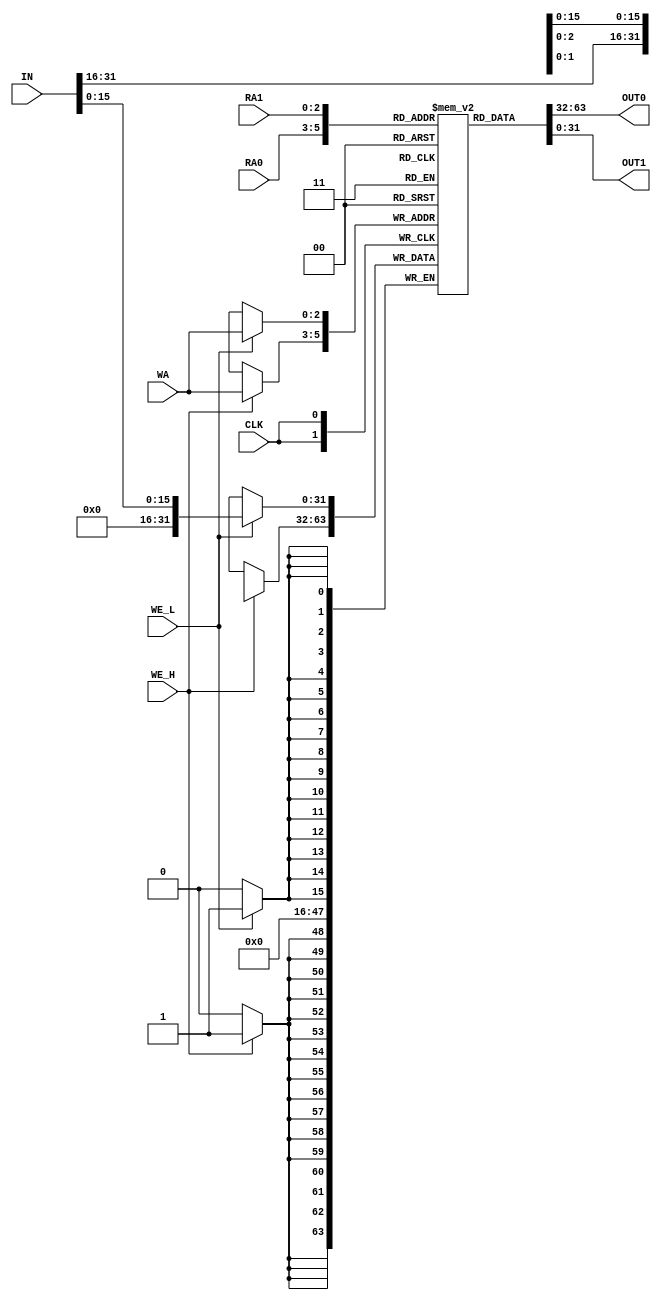
module regfile
(
    input CLK,

    input [2:0]RA0,
    input [2:0]RA1,
    input [2:0]WA,
    output [31:0]OUT0,
    output [31:0]OUT1,
    input [31:0]IN,
    input WE_L,
    input WE_H
);

reg [31:0]registers[7:0]; 

assign OUT0 = registers[RA0];
assign OUT1 = registers[RA1];

always @(negedge CLK) begin
    if (WE_L) begin
        registers[WA][15:0] <= IN[15:0];
    end 
    if (WE_H) begin
        registers[WA][31:16] <= IN[31:16];
    end 
end

endmodule